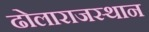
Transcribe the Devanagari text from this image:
ढोलाराजस्थान